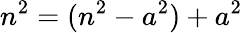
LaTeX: n^{2}=(n^{2}-a^{2})+a^{2}